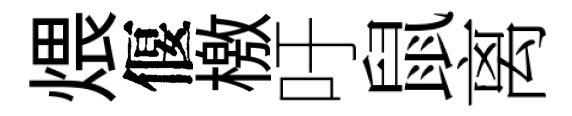
煨偃檄吁鼠离